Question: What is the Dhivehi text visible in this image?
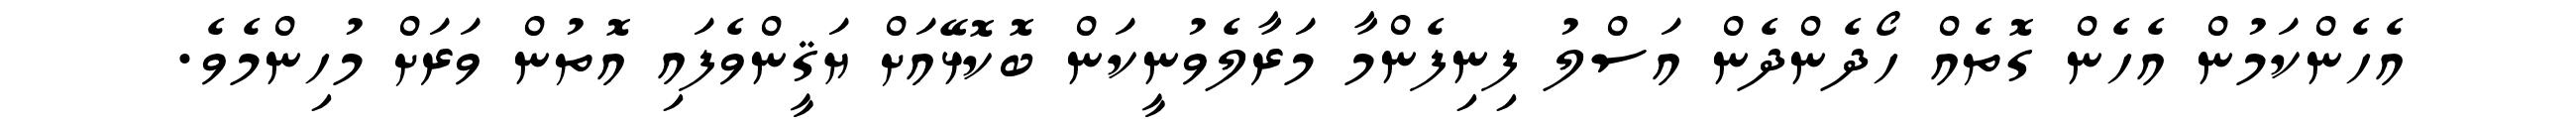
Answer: އެހެންކަމުން އެހެން ގޮތެއް ހޯދެންދެން އަސްލު ފިނިފެންމާ މަރާލެވުނީކަން ބޮކޮޅޭއަށް ޔަޤީންވެފައި އޮތުން ވަރަށް މުހިންމެވެ.